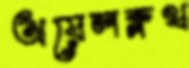
অয়েলক্লথ